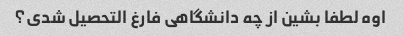
اوه لطفا بشین از چه دانشگاهی فارغ التحصیل شدی؟